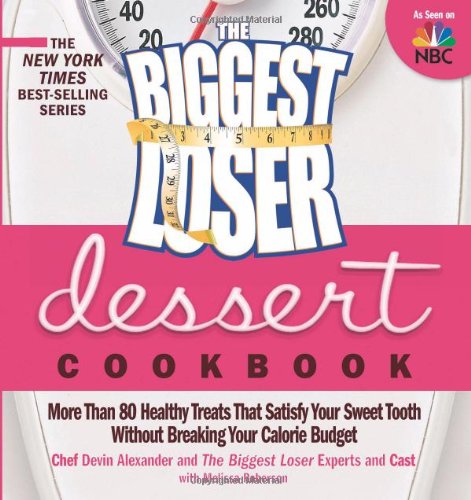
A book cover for The Biggest Loser Dessert Cookbook: More than 80 Healthy Treats That Satisfy Your Sweet Tooth without Breaking Your Calorie Budget; Devin Alexander; Cookbooks, Food & Wine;